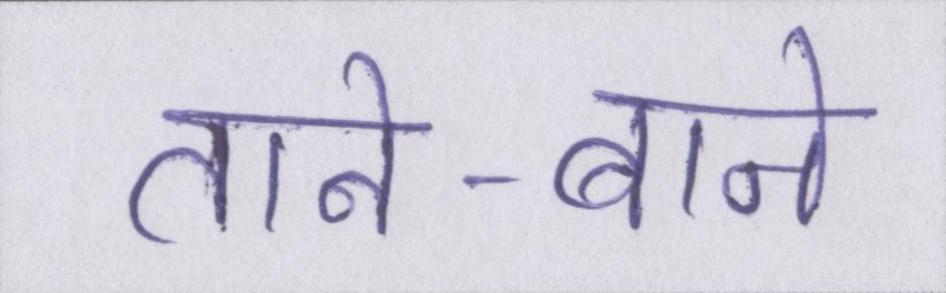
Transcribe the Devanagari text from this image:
ताने-बाने